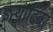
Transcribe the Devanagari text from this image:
इत्यादिंवर